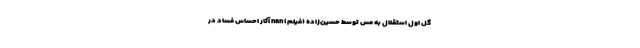
گل اول استقلال به مس توسط حسین‌زاده (فیلم) nan آثار احساس فساد در